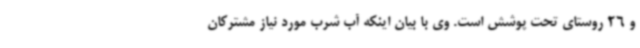
و 26 روستای تحت پوشش است. وی با بیان اینکه آب شرب مورد نیاز مشترکان